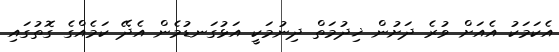
އެކަމަކު އެއަށް ވުރެ ދަށުން ޚިދުމަތް ދިނުމަކީ އަޅުގަނޑުމެން އެދޭ ކަމެއްގެ ގޮތުގައި